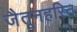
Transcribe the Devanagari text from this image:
जैतूनहरित